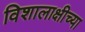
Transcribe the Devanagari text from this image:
विशालाक्षीच्या